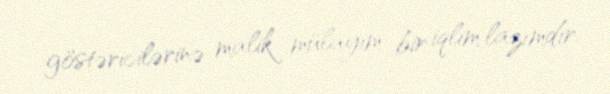
göstəricilərinə malik mülayim bir iqlim lazımdır.